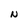
Character: N